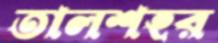
তালশহর